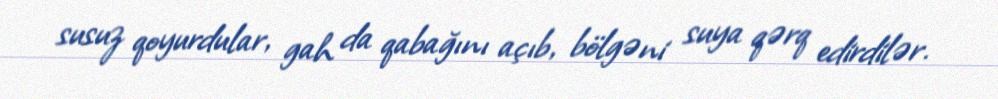
susuz qoyurdular, gah da qabağını açıb, bölgəni suya qərq edirdilər.